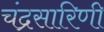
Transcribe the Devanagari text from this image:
चंद्रसारिणी